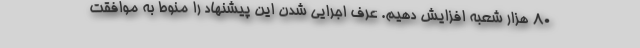
80 هزار شعبه افزایش دهیم. عرف اجرایی شدن این پیشنهاد را منوط به موافقت